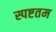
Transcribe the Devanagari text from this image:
स्पष्टतम